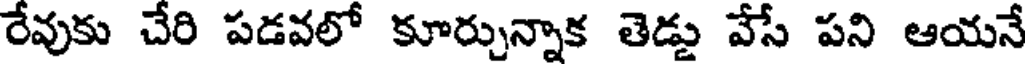
రేవుకు చేరి పడవలో కూర్చున్నాక తెడ్డు వేసే పని ఆయనే